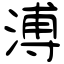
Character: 溥